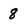
Character: 8